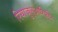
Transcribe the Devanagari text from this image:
रियाजुल्आरिफ़ीन